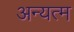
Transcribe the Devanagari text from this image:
अन्यत्म